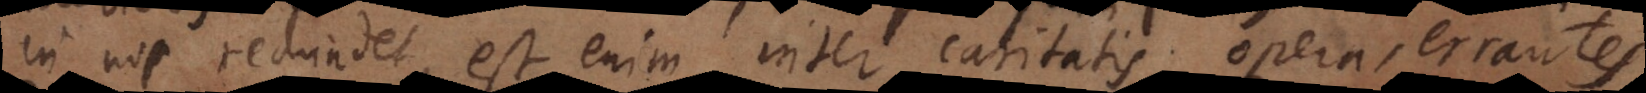
in nos redundet, est enim inter caritatis opera, errantes